Civil Veterinary Dept. Bombay admin report 1907-1913 - 1907-1913
Year: 1907
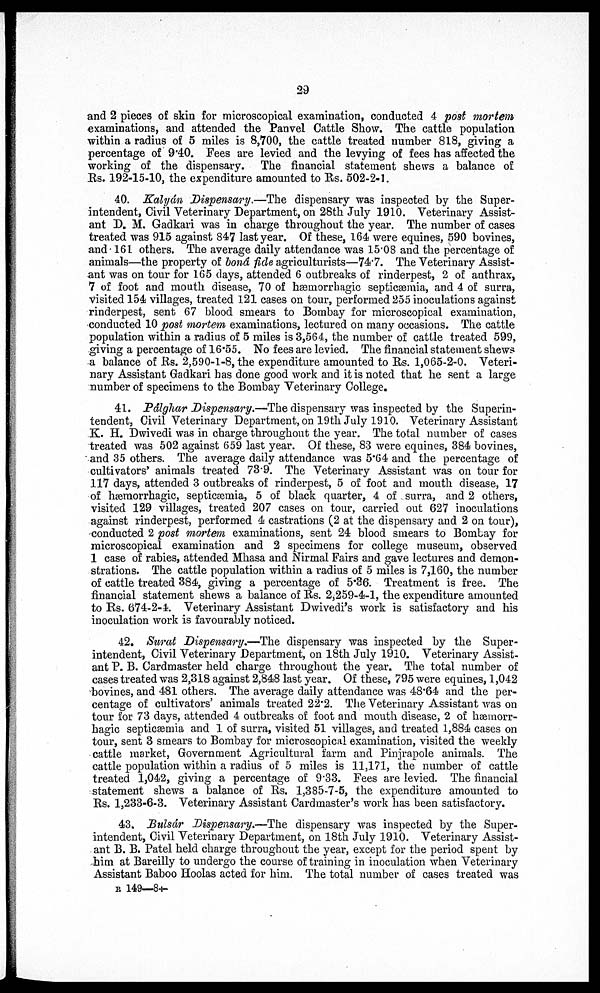
29
and 2 pieces of skin for microscopical examination, conducted 4 post mortem
examinations, and attended the Panvel Cattle Show. The cattle population
within a radius of 5 miles is 8,700, the cattle treated number 818, giving a
percentage of 9.40. Fees are levied and the levying of fees has affected the
working of the dispensary. The financial statement shews a balance of
Rs. 192-15-10, the expenditure amounted to Rs. 502-2-1.
40. Kalyán Dispensary.—The dispensary was inspected by the Super-
intendent, Civil Veterinary Department, on 28th July 1910. Veterinary Assist-
ant D. M. Gadkari was in charge throughout the year. The number of cases
treated was 915 against 847 last year. Of these, 164 were equines, 590 bovines,
and 161 others. The average daily attendance was 15.08 and the percentage of
animals—the property of boná fide agriculturists—74.7. The Veterinary Assist-
ant was on tour for 165 days, attended 6 outbreaks of rinderpest, 2 of anthrax,
7 of foot and mouth disease, 70 of hæmorrhagic septicæmia, and 4 of surra,
visited 154 villages, treated 121 cases on tour, performed 255 inoculations against
rinderpest, sent 67 blood smears to Bombay for microscopical examination,
conducted 10 post mortem examinations, lectured on many occasions. The cattle
population within a radius of 5 miles is 3,564, the number of cattle treated 599,
giving a percentage of 16.55. No fees are levied. The financial statement shews
a balance of Rs. 2,590-1-8, the expenditure amounted to Rs. 1,065-2-0. Veteri-
nary Assistant Gadkari has done good work and it is noted that he sent a large
number of specimens to the Bombay Veterinary College.
41. Pálghar Dispensary.—The dispensary was inspected by the Superin-
tendent, Civil Veterinary Department, on 19th July 1910. Veterinary Assistant
K. H. Dwivedi was in charge throughout the year. The total number of cases
treated was 502 against 659 last year. Of these, 83 were equines, 384 bovines,
and 35 others. The average daily attendance was 5.64 and the percentage of
cultivators. animals treated 73.9. The Veterinary Assistant was on tour for
117 days, attended 3 outbreaks of rinderpest, 5 of foot and mouth disease, 17
of hæmorrhagic, septicæmia, 5 of black quarter, 4 of surra, and 2 others,
visited 129 villages, treated 207 cases on tour, carried out 627 inoculations
against rinderpest, performed 4 castrations (2 at the dispensary and 2 on tour),
conducted 2 post mortem examinations, sent 24 blood smears to Bombay for
microscopical examination and 2 specimens for college museum, observed
1 case of rabies, attended Mhasa and Nirmal Fairs and gave lectures and demon-
strations. The cattle population within a radius of 5 miles is 7,160, the number
of cattle treated 384, giving a percentage of 5.36. Treatment is free. The
financial statement shews a balance of Rs. 2,259-4-1, the expenditure amounted
to Rs. 674-2-4. Veterinary Assistant Dwivedi's work is satisfactory and his
inoculation work is favourably noticed.
42. Surat Dispensary.—The dispensary was inspected by the Super-
intendent, Civil Veterinary Department, on 18th July 1910. Veterinary Assist-
ant P. B. Cardmaster held charge throughout the year. The total number of
cases treated was 2,318 against 2,848 last year. Of these, 795 were equines, 1,042
bovines, and 481 others. The average daily attendance was 48.64 and the per-
centage of cultivators' animals treated 22.2. The Veterinary Assistant was on
tour for 73 days, attended 4 outbreaks of foot and mouth disease, 2 of hæmorr-
hagic septicæmia and 1 of surra, visited 51 villages, and treated 1,884 cases on
tour, sent 3 smears to Bombay for microscopical examination, visited the weekly
cattle market, Government Agricultural farm and Pinjrapole animals. The
cattle population within a radius of 5 miles is 11,171, the number of cattle
treated 1,042, giving a percentage of 9.33. Fees are levied. The financial
statement shews a balance of Rs. 1,385-7-5, the expenditure amounted to
Rs. 1,233-6-3. Veterinary Assistant Cardmaster's work has been satisfactory.
43. Bulsár Dispensary.—The dispensary was inspected by the Super-
intendent, Civil Veterinary Department, on 18th July 1910. Veterinary Assist-
ant B. B. Patel held charge throughout the year, except for the period spent by
him at Bareilly to undergo the course of training in inoculation when Veterinary
Assistant Baboo Hoolas acted for him. The total number of cases treated was
R 149—8†